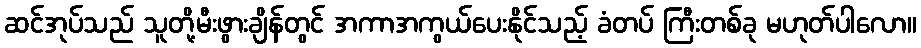
ဆင်အုပ်သည် သူတို့မီးဖွားချိန်တွင် အကာအကွယ်ပေးနိုင်သည့် ခံတပ် ကြီးတစ်ခု မဟုတ်ပါလော။